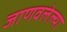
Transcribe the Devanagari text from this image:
जाणवलेल्या